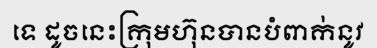
ទេ ដូចនេះក្រុមហ៊ុនបានបំពាក់នូវ